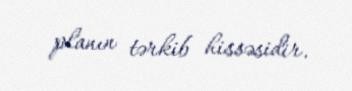
planın tərkib hissəsidir.